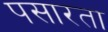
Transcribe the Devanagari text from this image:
पसारता